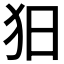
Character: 𤝍